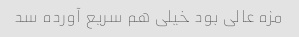
مزه عالی بود خیلی هم سریع آورده سد